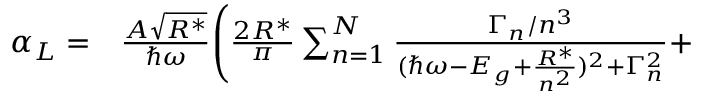
\begin{array} { r l } { \alpha _ { L } = } & { { } \frac { A \sqrt { R ^ { * } } } { \hbar \omega } \Bigg ( \frac { 2 R ^ { * } } { \pi } \sum _ { n = 1 } ^ { N } \frac { \Gamma _ { n } / n ^ { 3 } } { ( \hbar \omega - E _ { g } + \frac { R ^ { * } } { n ^ { 2 } } ) ^ { 2 } + \Gamma _ { n } ^ { 2 } } + } \end{array}